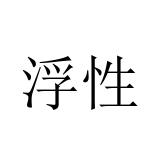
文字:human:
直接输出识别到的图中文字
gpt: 浮性